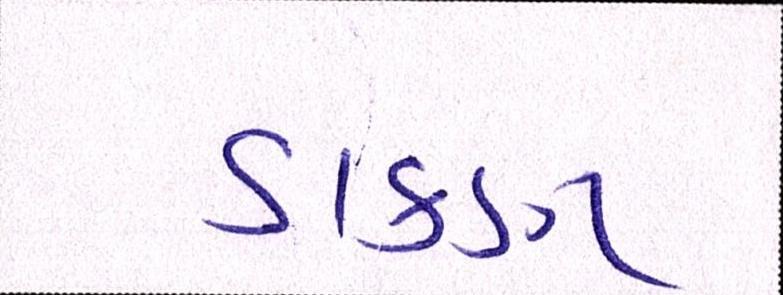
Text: ડાકણ